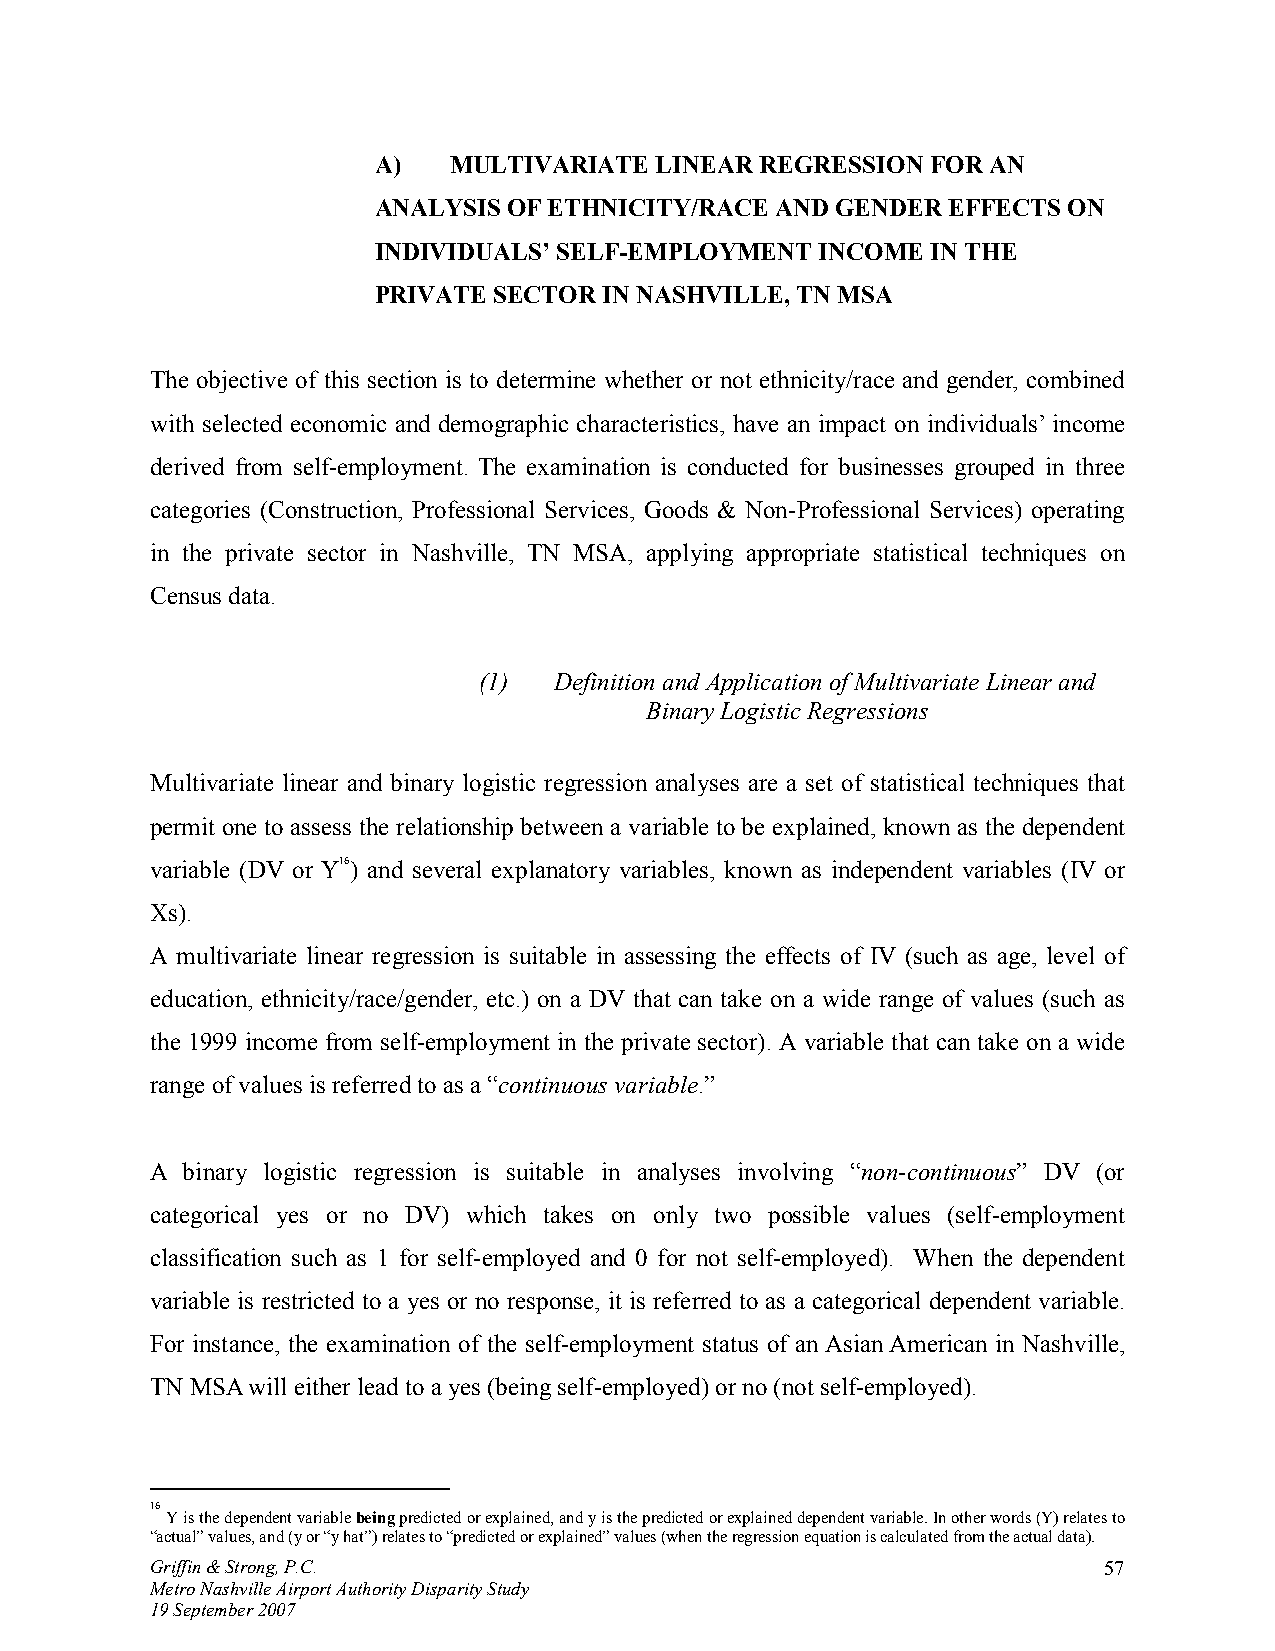
A)   MULTIVARIATE LINEAR REGRESSION  FOR AN
 ANALYSIS OF ETHNICITY/RACE AND GENDER EFFECTS ON
 INDIVIDUALS’ SELF-EMPLOYMENT INCOME  IN THE
 PRIVATE SECTOR IN NASHVILLE, TN MSA
 The objective of this section is to determine whether or not ethnicity/race and gender, combined
 with selected economic and demographic characteristics, have an impact on individuals’ income
 derived from self-employment. The examination is conducted for businesses grouped in three
 categories (Construction, Professional Services, Goods & Non-Professional Services) operating
 in the private sector in Nashville, TN MSA, applying appropriate statistical techniques on
 Census data.
 (1)  Definition and Application of Multivariate Linear and
 Binary Logistic Regressions
 Multivariate linear and binary logistic regression analyses are a set of statistical techniques that
 permit one to assess the relationship between a variable to be explained, known as the dependent
 variable (DV or Y16) and several explanatory variables, known as independent variables (IV or
 Xs).
 A multivariate linear regression is suitable in assessing the effects of IV (such as age, level of
 education, ethnicity/race/gender, etc.) on a DV that can take on a wide range of values (such as
 the 1999 income from self-employment in the private sector). A variable that can take on a wide
 range of values is referred to as a “continuous variable.”
 A binary logistic regression is suitable in analyses involving “non-continuous” DV (or
 categorical yes or no DV) which takes on only two possible values (self-employment
 classification such as 1 for self-employed and 0 for not self-employed). When the dependent
 variable is restricted to a yes or no response, it is referred to as a categorical dependent variable.
 For instance, the examination of the self-employment status of an Asian American in Nashville,
 TN MSA will either lead to a yes (being self-employed) or no (not self-employed).
 16
 Y is the dependent variable being predicted or explained, and y is the predicted or explained dependent variable. In other words (Y) relates to
 “actual” values, and (y or “y hat”) relates to “predicted or explained” values (when the regression equation is calculated from the actual data).
 Griffin & Strong, P.C.                                         57
 Metro Nashville Airport Authority Disparity Study
 19 September 2007